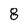
Character: 8